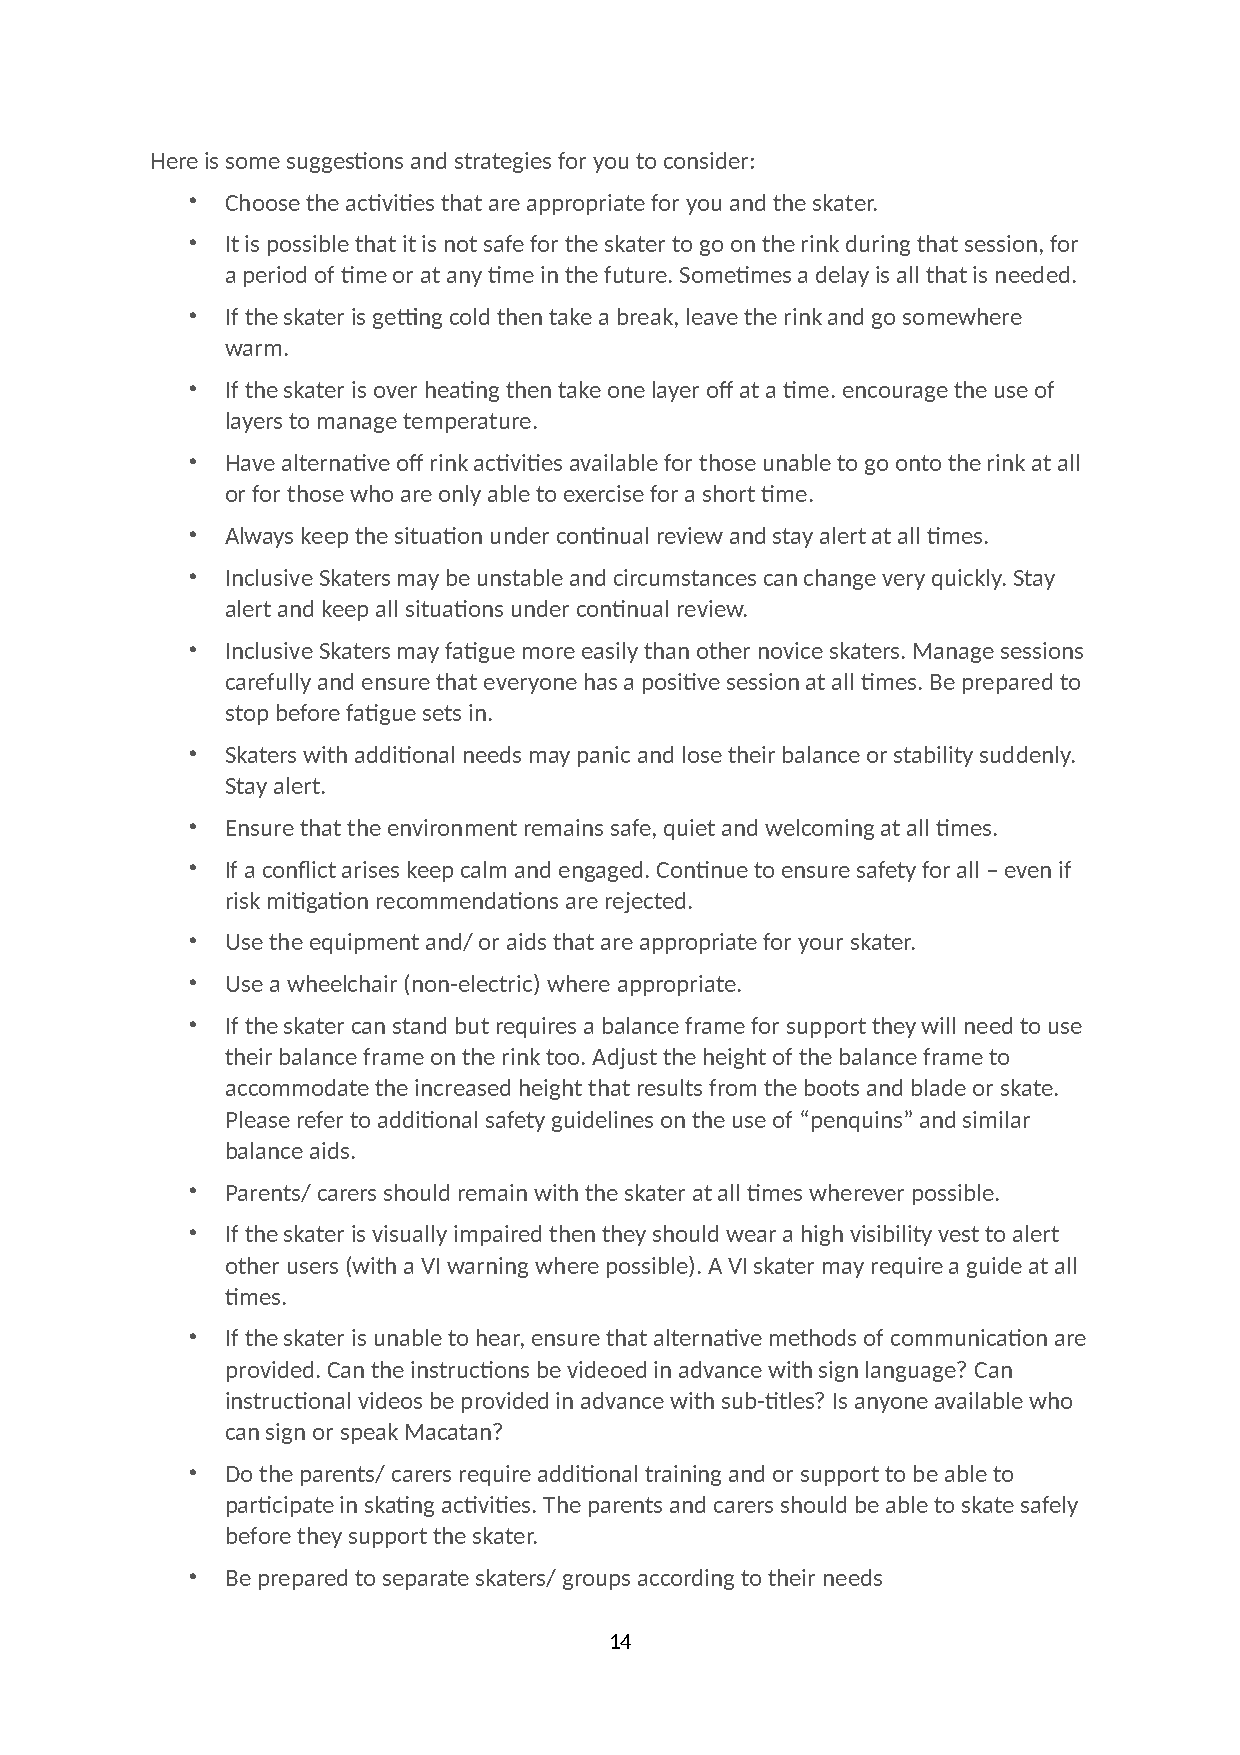
Here is some sugges:ons and strategies for you to consider:
 •  Choose the ac:vi:es that are appropriate for you and the skater.
 •  It is possible that it is not safe for the skater to go on the rink during that session, for
 a period of :me or at any :me in the future. Some:mes a delay is all that is needed.
 •  If the skater is gebng cold then take a break, leave the rink and go somewhere
 warm.
 •  If the skater is over hea:ng then take one layer off at a :me. encourage the use of
 layers to manage temperature.
 •  Have alterna:ve off rink ac:vi:es available for those unable to go onto the rink at all
 or for those who are only able to exercise for a short :me.
 •  Always keep the situa:on under con:nual review and stay alert at all :mes.
 •  Inclusive Skaters may be unstable and circumstances can change very quickly. Stay
 alert and keep all situa:ons under con:nual review.
 •  Inclusive Skaters may fa:gue more easily than other novice skaters. Manage sessions
 carefully and ensure that everyone has a posi:ve session at all :mes. Be prepared to
 stop before fa:gue sets in.
 •  Skaters with addi:onal needs may panic and lose their balance or stability suddenly.
 Stay alert.
 •  Ensure that the environment remains safe, quiet and welcoming at all :mes.
 •  If a conflict arises keep calm and engaged. Con:nue to ensure safety for all – even if
 risk mi:ga:on recommenda:ons are rejected.
 •  Use the equipment and/ or aids that are appropriate for your skater.
 •  Use a wheelchair (non-electric) where appropriate.
 •  If the skater can stand but requires a balance frame for support they will need to use
 their balance frame on the rink too. Adjust the height of the balance frame to
 accommodate the increased height that results from the boots and blade or skate.
 Please refer to addi:onal safety guidelines on the use of “penquins” and similar
 balance aids.
 •  Parents/ carers should remain with the skater at all :mes wherever possible.
 •  If the skater is visually impaired then they should wear a high visibility vest to alert
 other users (with a VI warning where possible). A VI skater may require a guide at all
 :mes.
 •  If the skater is unable to hear, ensure that alterna:ve methods of communica:on are
 provided. Can the instruc:ons be videoed in advance with sign language? Can
 instruc:onal videos be provided in advance with sub-:tles? Is anyone available who
 can sign or speak Macatan?
 •  Do the parents/ carers require addi:onal training and or support to be able to
 par:cipate in ska:ng ac:vi:es. The parents and carers should be able to skate safely
 before they support the skater.
 •  Be prepared to separate skaters/ groups according to their needs
 14